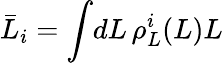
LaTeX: \bar{L}_{i}=\int\! dL\, \rho_{L}^{i}(L)L